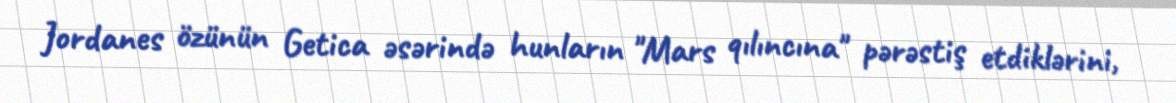
Jordanes özünün Getica əsərində hunların "Mars qılıncına" pərəstiş etdiklərini,